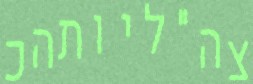
צה"ליותהכ